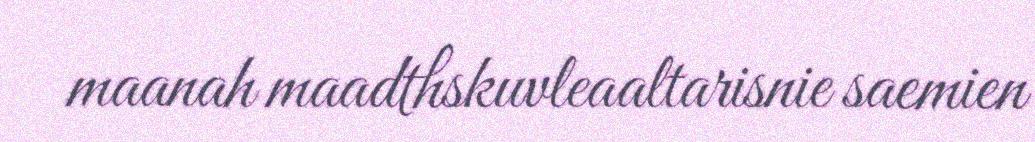
maanah maadthskuvleaaltarisnie saemien